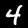
Digit: 4